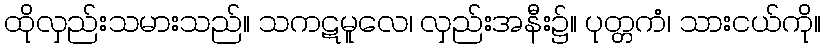
ထိုလှည်းသမားသည်။ သကဋမူလေ၊ လှည်းအနီး၌။ ပုတ္တကံ၊ သားငယ်ကို။